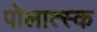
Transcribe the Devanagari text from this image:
पोलात्स्क